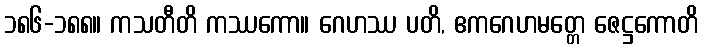
၁၈၆-၁၈၈။ ကသတီတိ ကဿကော။ ဂေဟဿ ပတိ, ဧကဂေဟမတ္တေ ဇေဋ္ဌကောတိ